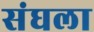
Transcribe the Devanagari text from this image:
संघला